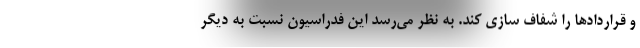
و قراردادها را شفاف سازی کند. به نظر می‌رسد این فدراسیون نسبت به دیگر